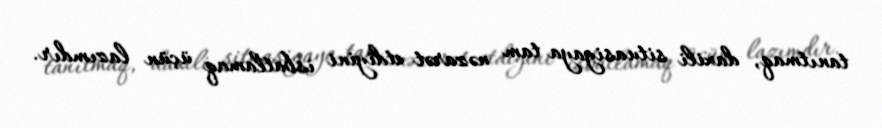
tanıtmaq, daxili situasiyaya tam nəzarət etdiyini isbatlamaq üçün lazımdır.